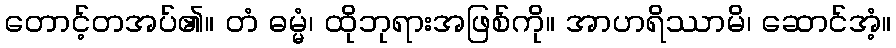
တောင့်တအပ်၏။ တံ ဓမ္မံ၊ ထိုဘုရားအဖြစ်ကို။ အာဟရိဿာမိ၊ ဆောင်အံ့။